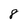
Character: 8